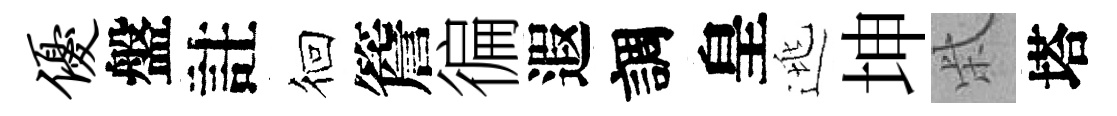
优盤註徊簷徧遐調皇逃坤柴塔